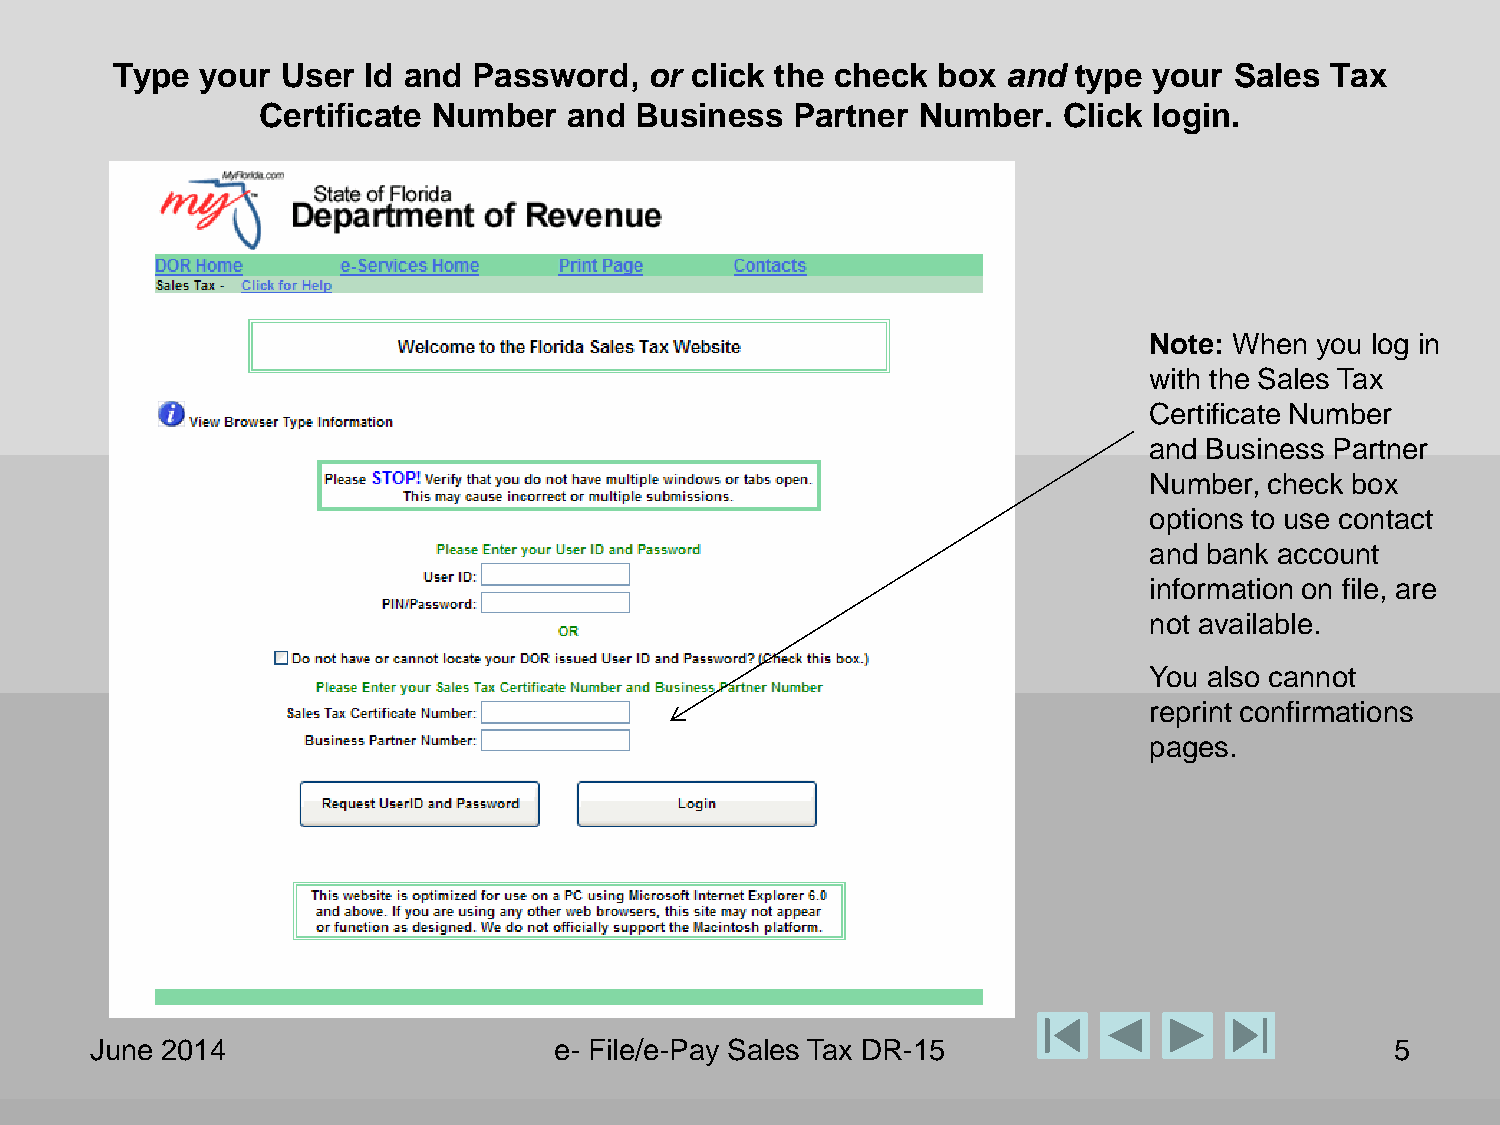
Type  your  User Id and Password,   or click the check box  and type your  Sales Tax
 Certificate Number   and Business  Partner  Number.  Click login.
 Note: When you log in
 with the Sales Tax
 Certificate Number
 and Business Partner
 Number, check box
 options to use contact
 and bank account
 information on file, are
 not available.
 You also cannot
 reprint confirmations
 pages.
 June 2014                      e- File/e-Pay Sales Tax DR-15                          5